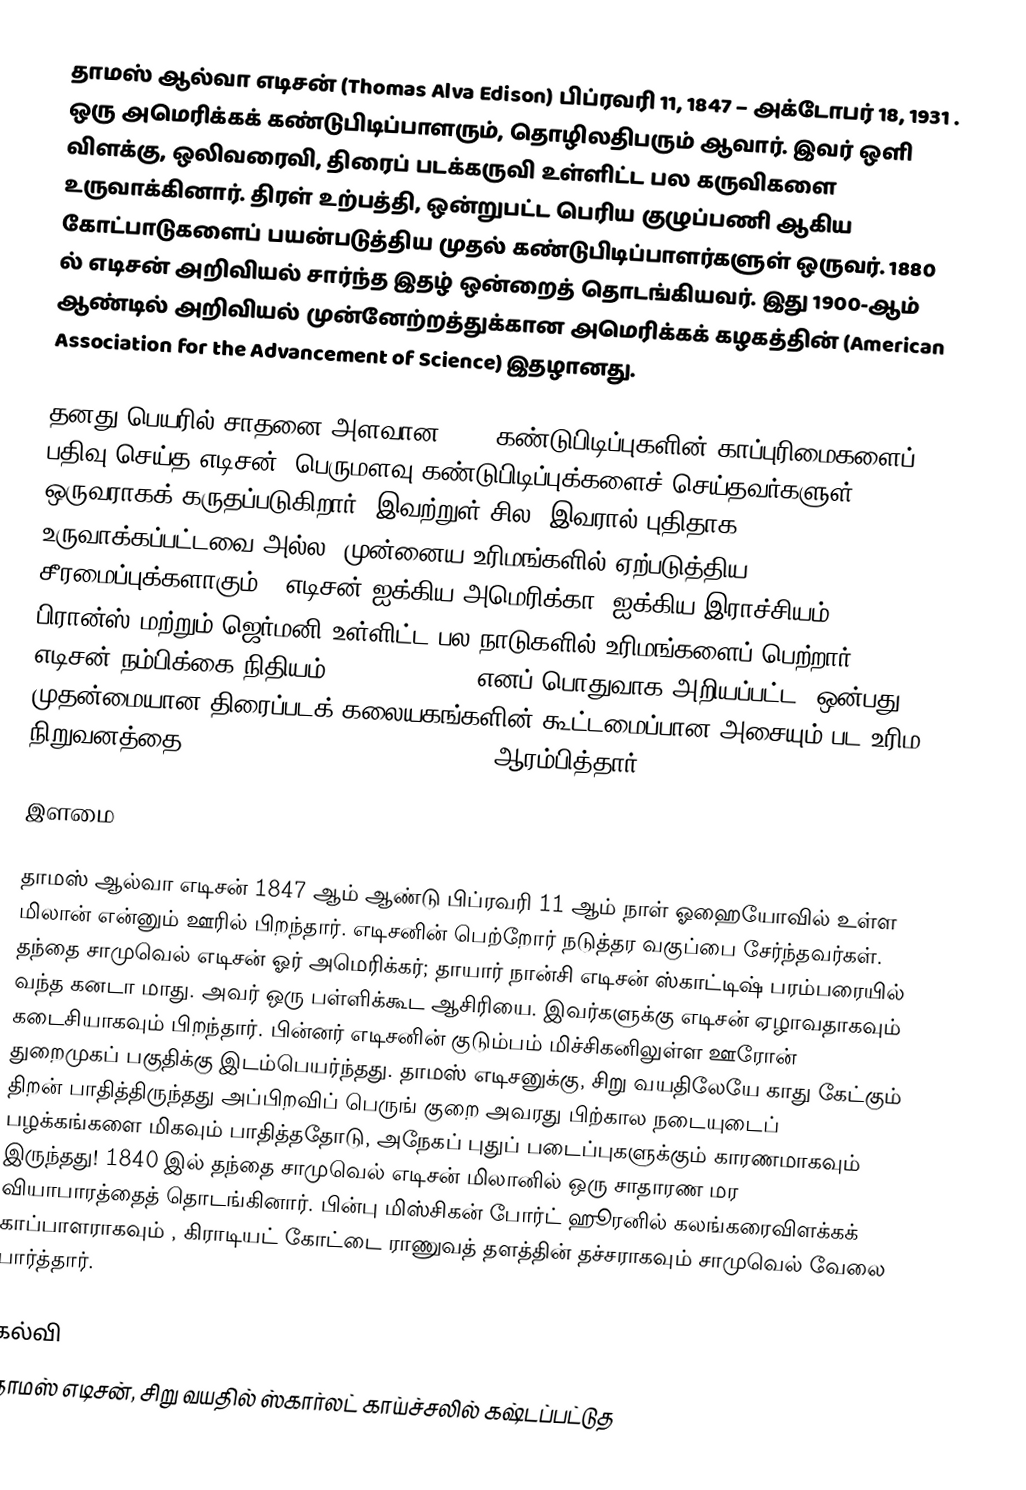
தாமஸ் ஆல்வா எடிசன் (Thomas Alva Edison) பிப்ரவரி 11, 1847 – அக்டோபர் 18, 1931 . ஒரு அமெரிக்கக் கண்டுபிடிப்பாளரும், தொழிலதிபரும் ஆவார். இவர் ஒளி விளக்கு, ஒலிவரைவி, திரைப் படக்கருவி உள்ளிட்ட பல கருவிகளை உருவாக்கினார். திரள் உற்பத்தி, ஒன்றுபட்ட பெரிய குழுப்பணி ஆகிய கோட்பாடுகளைப் பயன்படுத்திய முதல் கண்டுபிடிப்பாளர்களுள் ஒருவர். 1880 ல் எடிசன் அறிவியல் சார்ந்த இதழ் ஒன்றைத் தொடங்கியவர். இது 1900-ஆம் ஆண்டில் அறிவியல் முன்னேற்றத்துக்கான அமெரிக்கக் கழகத்தின் (American Association for the Advancement of Science) இதழானது.

தனது பெயரில் சாதனை அளவான 1093 கண்டுபிடிப்புகளின் காப்புரிமைகளைப் பதிவு செய்த எடிசன், பெருமளவு கண்டுபிடிப்புக்களைச் செய்தவர்களுள் ஒருவராகக் கருதப்படுகிறார். இவற்றுள் சில, இவரால் புதிதாக உருவாக்கப்பட்டவை அல்ல; முன்னைய உரிமங்களில் ஏற்படுத்திய சீரமைப்புக்களாகும்.. எடிசன் ஐக்கிய அமெரிக்கா, ஐக்கிய இராச்சியம், பிரான்ஸ் மற்றும் ஜெர்மனி உள்ளிட்ட பல நாடுகளில் உரிமங்களைப் பெற்றார். எடிசன் நம்பிக்கை நிதியம் (Edison Trust) எனப் பொதுவாக அறியப்பட்ட, ஒன்பது முதன்மையான திரைப்படக் கலையகங்களின் கூட்டமைப்பான அசையும் பட உரிம நிறுவனத்தை (Motion Picture Patent Company) ஆரம்பித்தார்.

இளமை

தாமஸ் ஆல்வா எடிசன் 1847 ஆம் ஆண்டு பிப்ரவரி 11 ஆம் நாள் ஓஹையோவில் உள்ள மிலான் என்னும் ஊரில் பிறந்தார். எடிசனின் பெற்றோர் நடுத்தர வகுப்பை சேர்ந்தவர்கள். தந்தை சாமுவெல் எடிசன் ஓர் அமெரிக்கர்; தாயார் நான்சி எடிசன் ஸ்காட்டிஷ் பரம்பரையில் வந்த கனடா மாது. அவர் ஒரு பள்ளிக்கூட ஆசிரியை. இவர்களுக்கு எடிசன் ஏழாவதாகவும் கடைசியாகவும் பிறந்தார்.  பின்னர் எடிசனின் குடும்பம் மிச்சிகனிலுள்ள ஊரோன் துறைமுகப் பகுதிக்கு இடம்பெயர்ந்தது. தாமஸ் எடிசனுக்கு, சிறு வயதிலேயே காது கேட்கும் திறன் பாதித்திருந்தது அப்பிறவிப் பெருங் குறை அவரது பிற்கால நடையுடைப் பழக்கங்களை மிகவும் பாதித்ததோடு, அநேகப் புதுப் படைப்புகளுக்கும் காரணமாகவும் இருந்தது! 1840 இல் தந்தை சாமுவெல் எடிசன் மிலானில் ஒரு சாதாரண மர வியாபாரத்தைத் தொடங்கினார். பின்பு மிஸ்சிகன் போர்ட் ஹூரனில்  கலங்கரைவிளக்கக் காப்பாளராகவும் , கிராடியட் கோட்டை ராணுவத் தளத்தின்  தச்சராகவும் சாமுவெல் வேலை பார்த்தார்.

கல்வி
தாமஸ் எடிசன், சிறு வயதில் ஸ்கார்லட் காய்ச்சலில்  கஷ்டப்பட்டுத